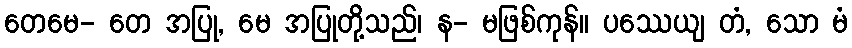
တေမေ- တေ အပြု, မေ အပြုတို့သည်၊ န- မဖြစ်ကုန်။ ပဿေယျ တံ, သော မံ